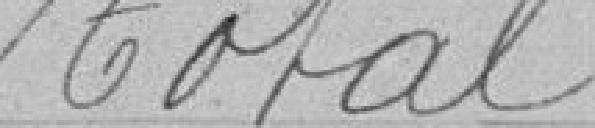
Total